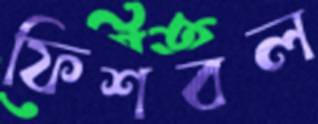
ফিশবল